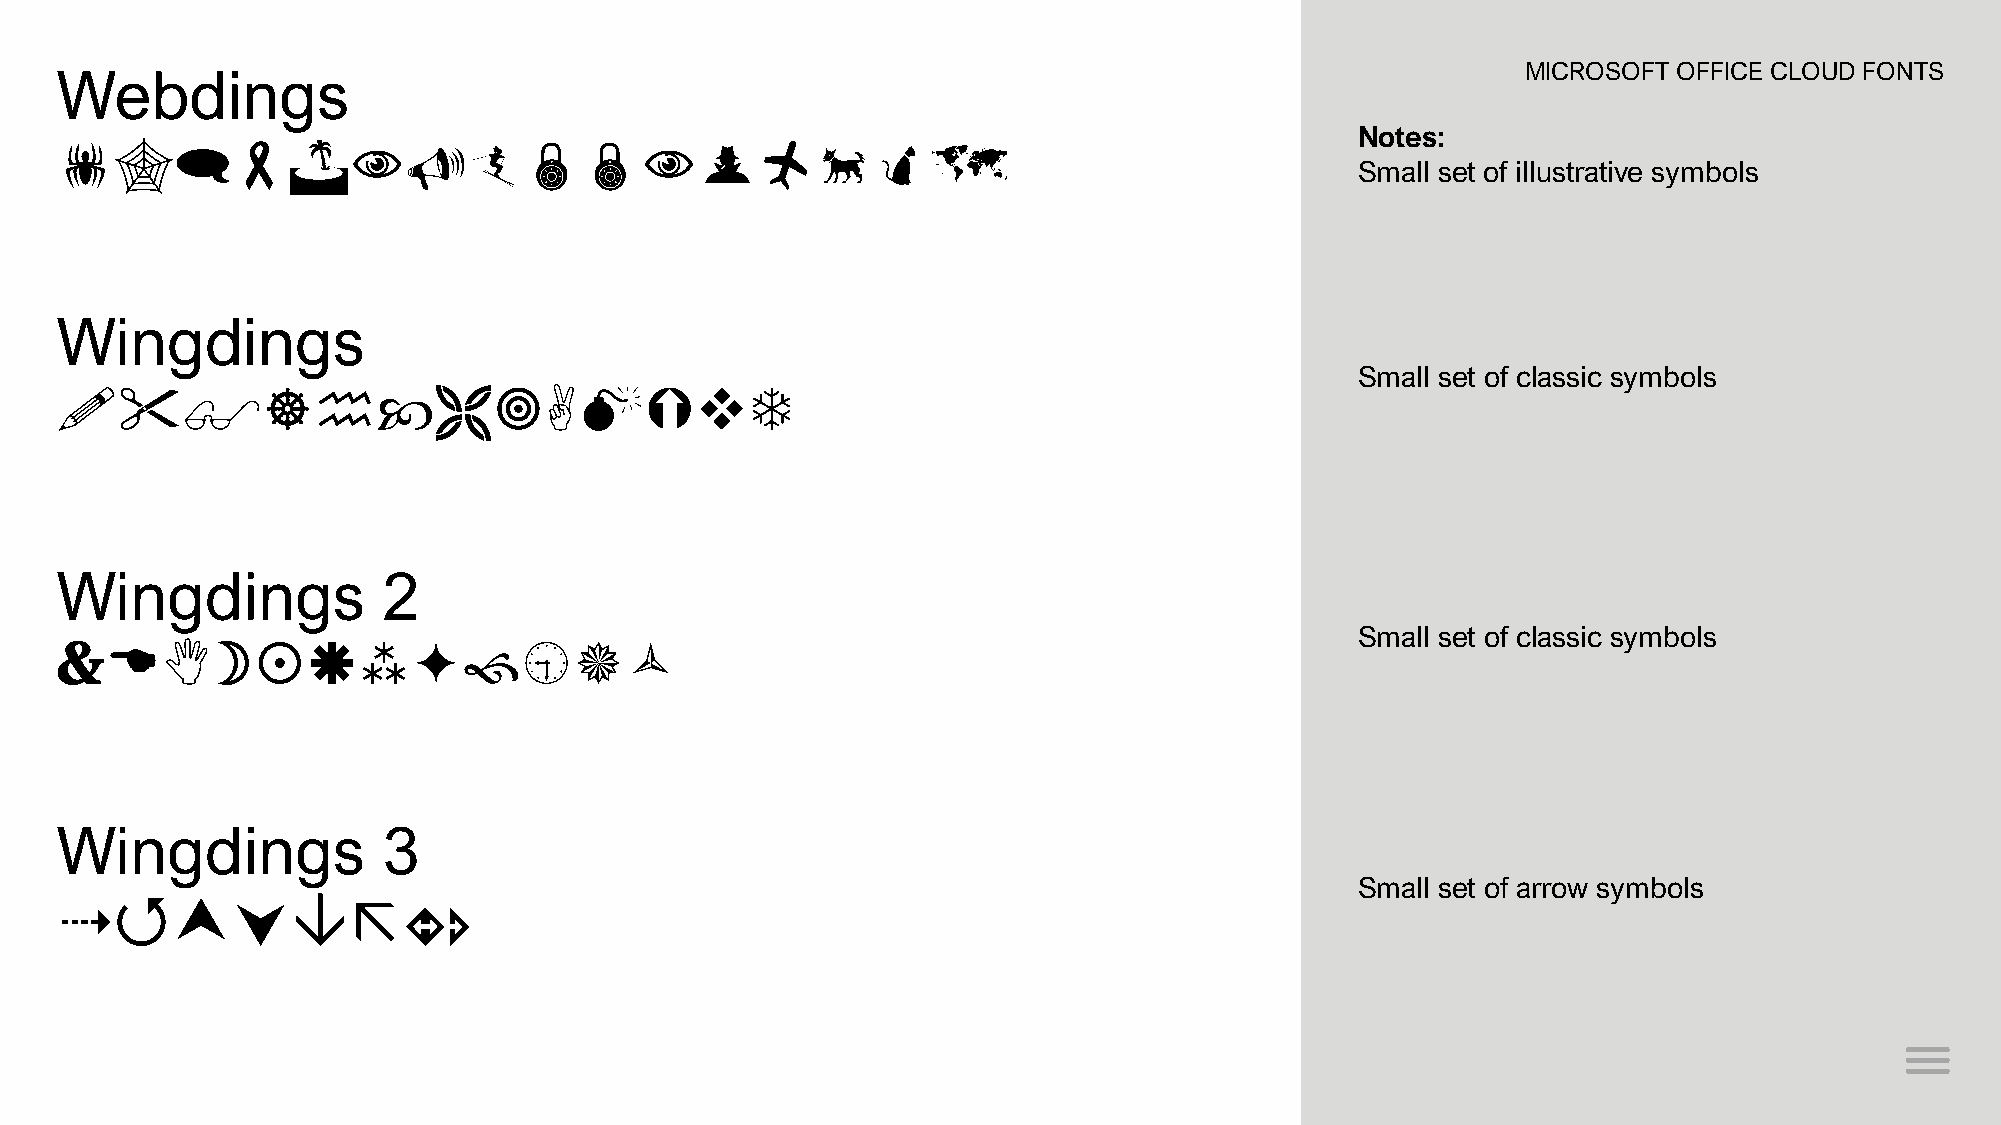
Webdings                                                                                         MICROSOFT OFFICE CLOUD FONTS
 Notes:
 
 Small set of illustrative symbols
 Wingdings
 Small set of classic symbols
 ❖
 Wingdings            2
 Small set of classic symbols
 
 Wingdings            3
 Small set of arrow symbols
   